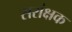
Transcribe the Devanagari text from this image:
सरांक्षक